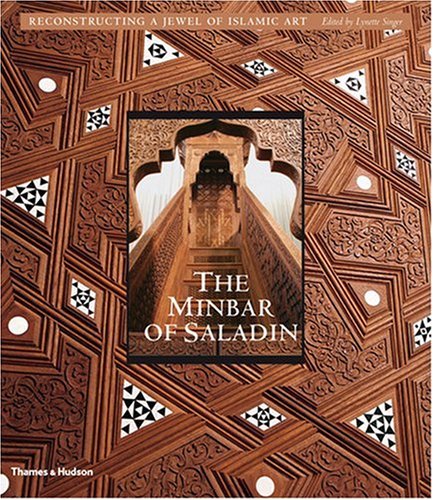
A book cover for The Minbar of Saladin: Reconstructing a Jewel of Islamic Art; History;